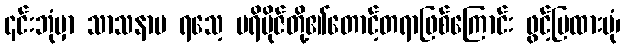
၎င်းဘုံမှာ သာသနာပ ရသေ့ ပရိဗိုဇ်တို့၏တောင့်တရာဖြစ်ကြောင်း ဖွင့်ပြထားပုံ၊